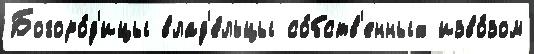
Богоро́д'ицы влад'е́льцы со́бств'енных изво́зом